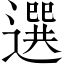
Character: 選